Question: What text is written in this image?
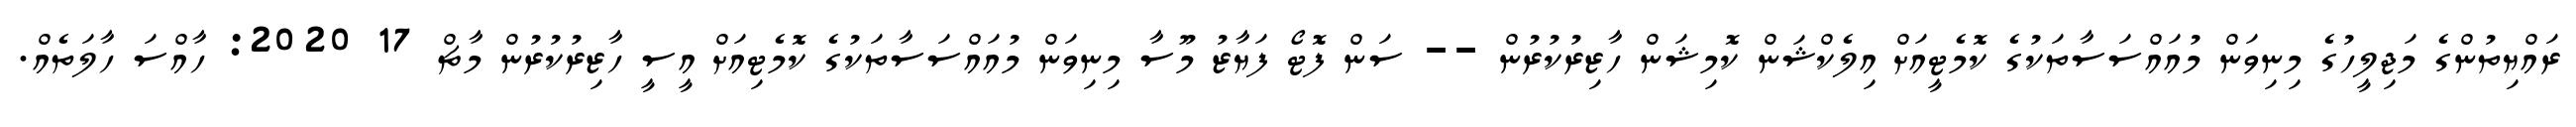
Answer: ރައްޔިތުންގެ މަޖިލީހުގެ މިނިވަން މުއައްސަސާތަކުގެ ކޮމެޓީއަށް އިލެކްޝަން ކޮމިޝަން ހާޒިރުކުރުން -- ސަން ފޮޓޯ ފަޔާޒު މޫސާ މިނިވަން މުއައްސަސާތަކުގެ ކޮމެޓިއަށް އީސީ ހާޒިރުކުރުން މާޗް 17 2020: ހާއްސަ ހާލަތެއް.